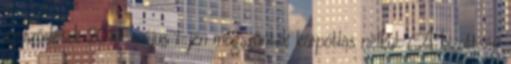
szerződések 2014. május 1-jén megszűntek kárpótlás nélkül. A bizottság